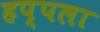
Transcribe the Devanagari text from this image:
हप्पला